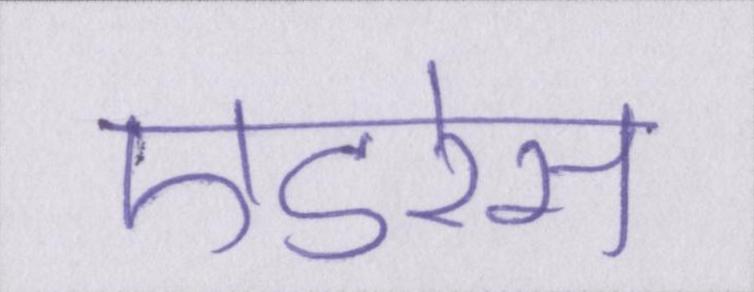
एडरेस